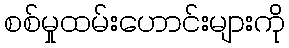
စစ်မှုထမ်းဟောင်းများကို